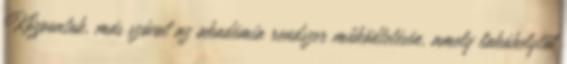
Központok, más szóval az akadémia rendszer működtetésén, amely lakóhelytől